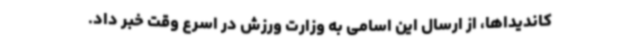
کاندیداها، از ارسال این اسامی به وزارت ورزش در اسرع وقت خبر داد.